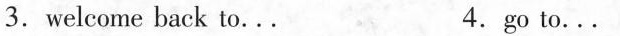
3.welcome back to... 4.go to...